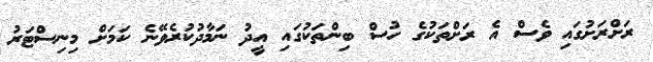
ރަށްރަށުގައި ވެސް އެ ރަށްތަކުގެ ހުސް ބިންތަކުގައި އީދު ނަމާދުކުރެވޭނެ ކަމަށް މިނިސްޓަރު